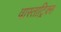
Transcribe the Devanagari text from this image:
वास्ताट्रिक्स